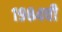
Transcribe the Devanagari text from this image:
१९८४ची